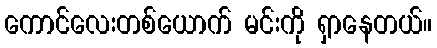
ကောင်လေးတစ်ယောက် မင်းကို ရှာနေတယ်။